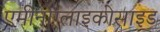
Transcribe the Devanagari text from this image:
एमीनोग्लाइकोसाइड